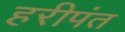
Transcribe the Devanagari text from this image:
हरीपंत